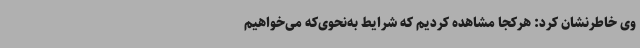
وی خاطرنشان کرد: هرکجا مشاهده کردیم که شرایط به‌نحوی‌که می‌خواهیم